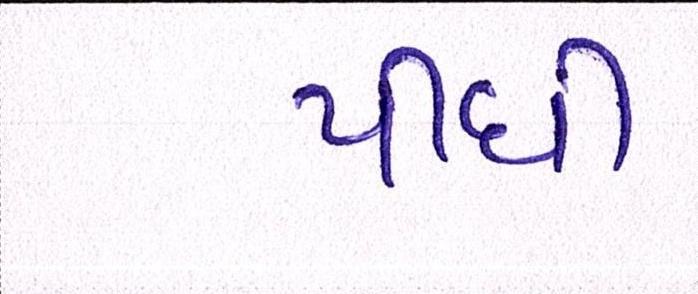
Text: પીધી